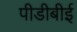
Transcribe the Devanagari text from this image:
पीडीबीई